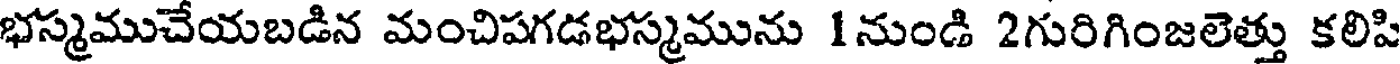
భస్మముచేయబడిన మంచిపగడభస్మమును 1నుండి 2గురిగింజలెత్తు కలిపి